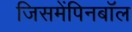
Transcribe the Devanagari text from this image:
जिसमेंपिनबॉल